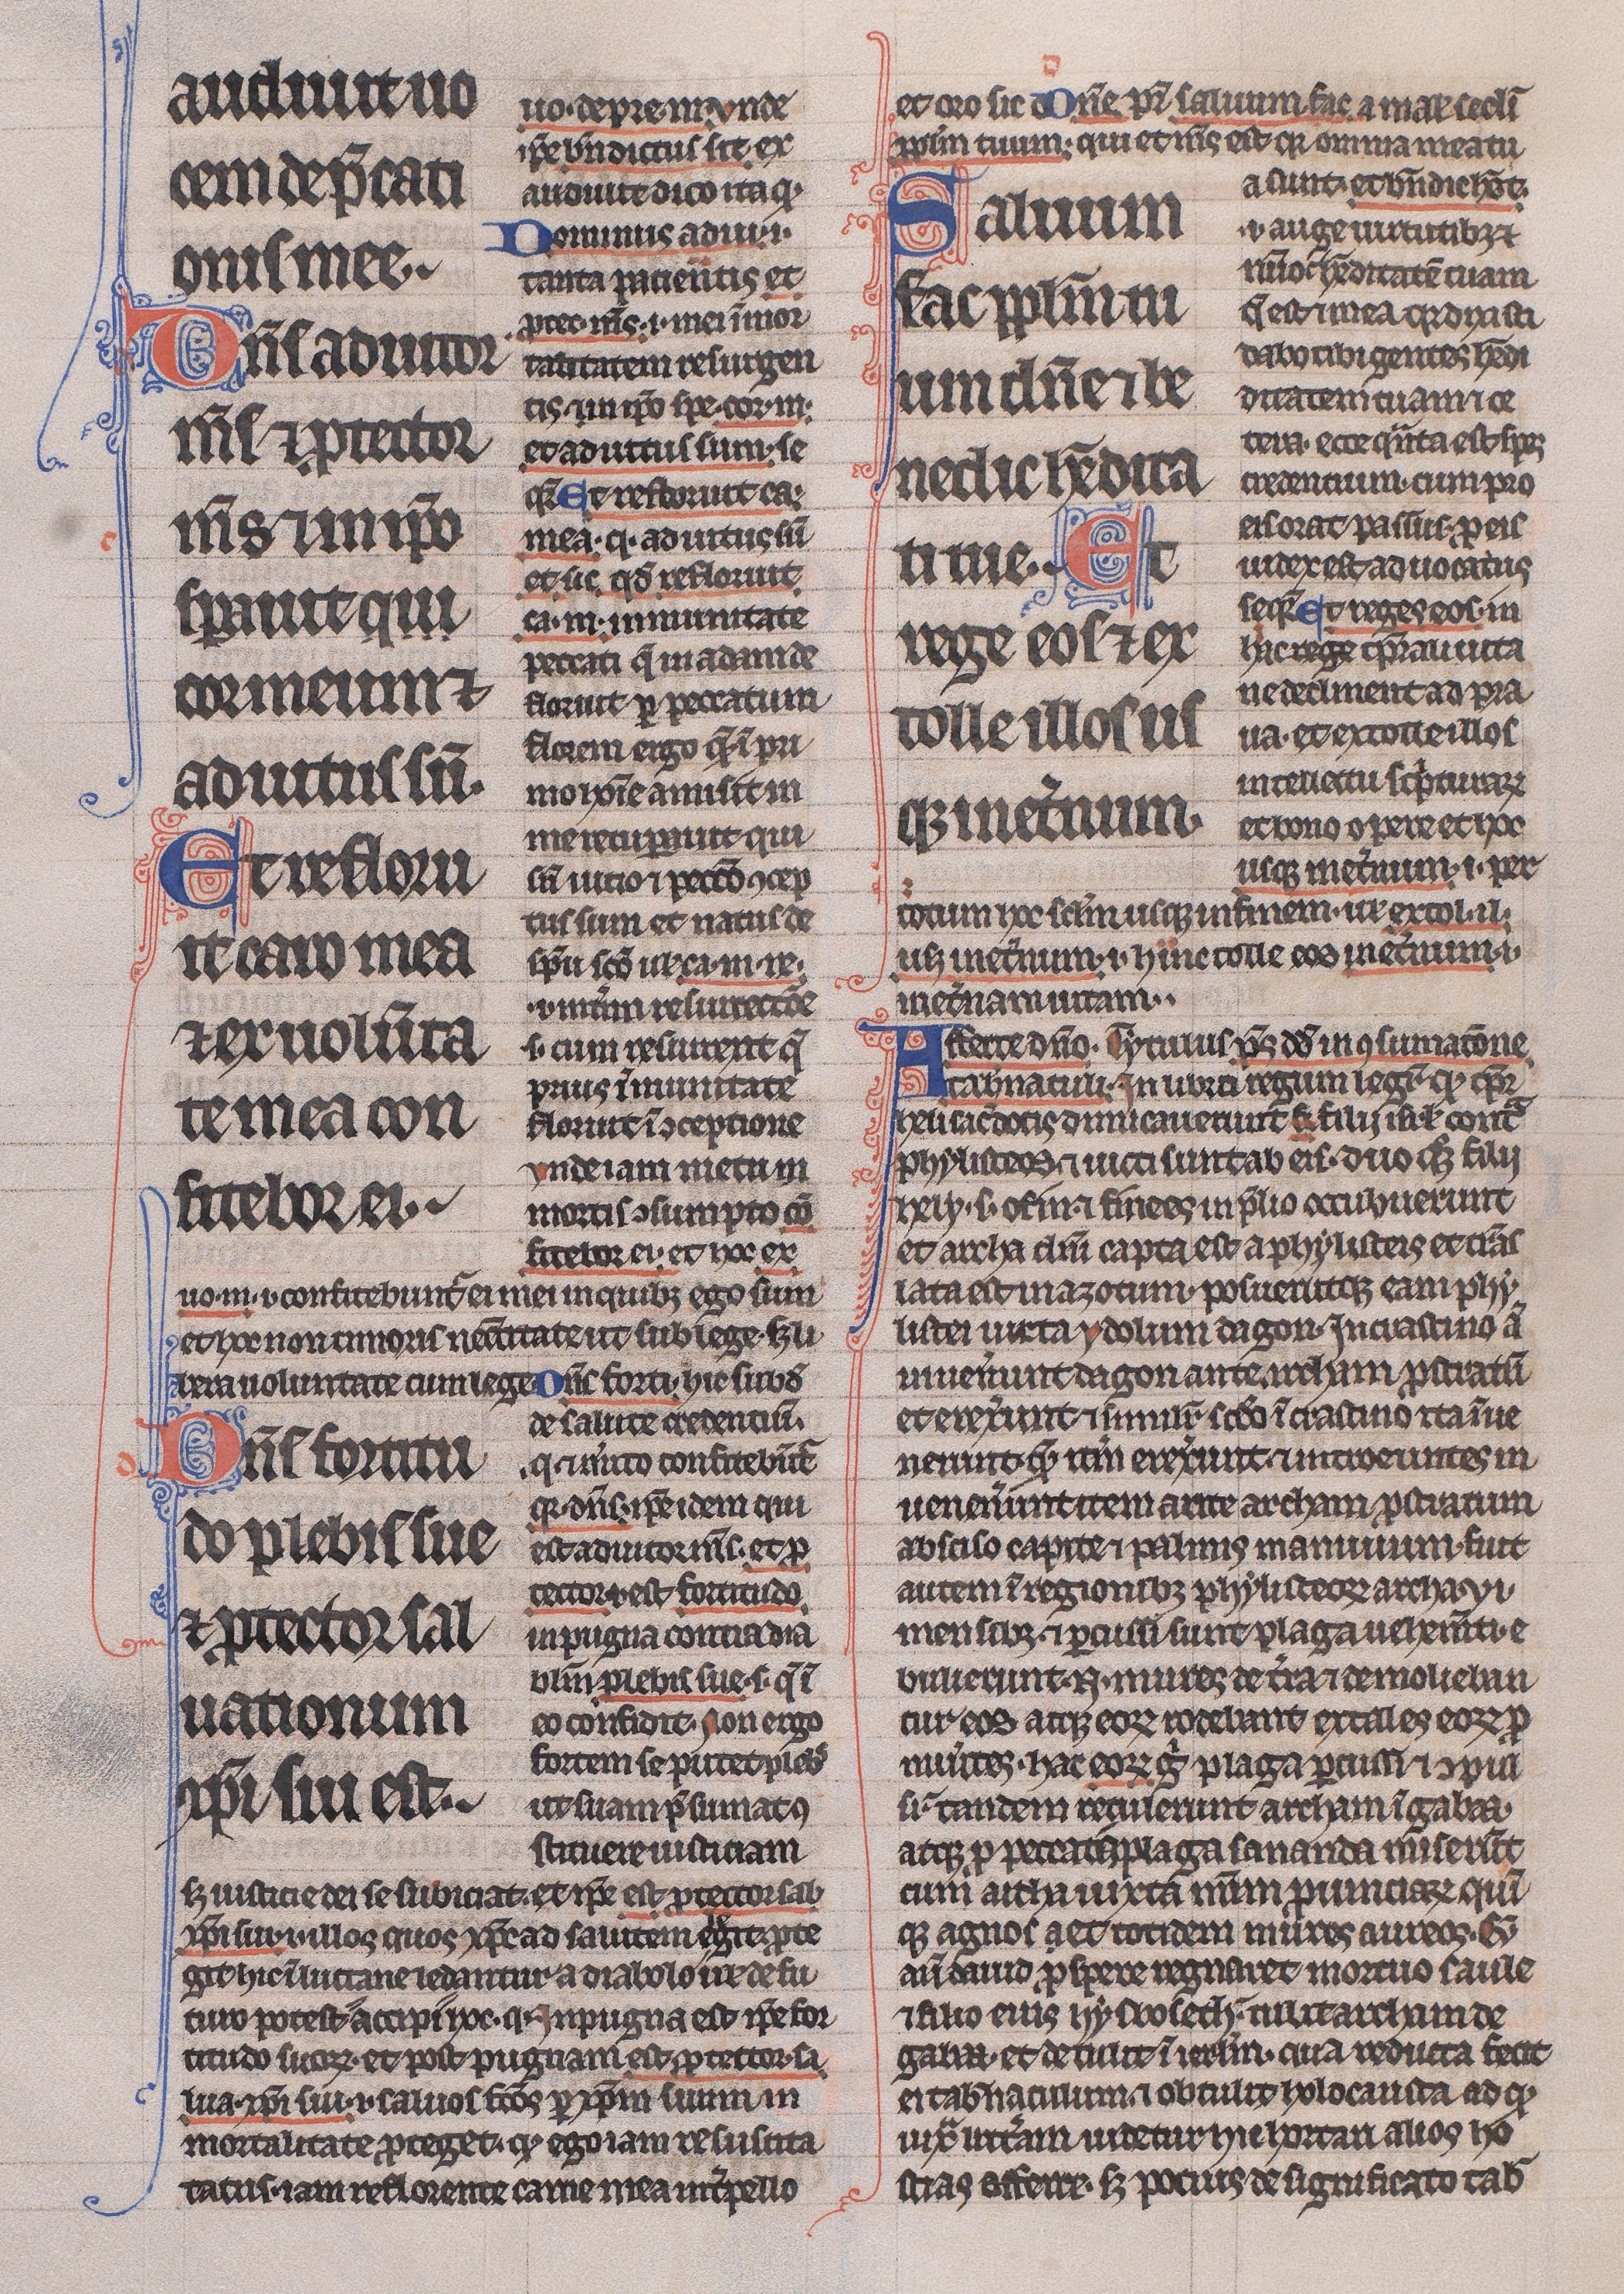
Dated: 1225–1250